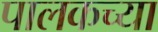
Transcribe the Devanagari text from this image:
पालकच्या